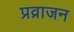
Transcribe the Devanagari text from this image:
प्रव्राजन